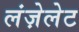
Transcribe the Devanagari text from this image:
लंज़ेलेट